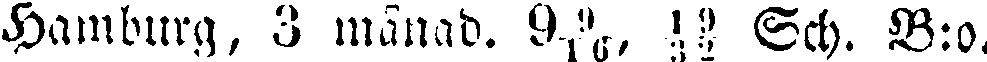
Hamburg, 3 månad. 9#, # Sch. B:o.